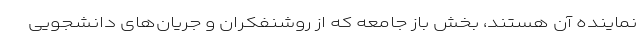
نماینده آن هستند، بخش باز جامعه که از روشنفکران و جریان‌های دانشجویی